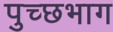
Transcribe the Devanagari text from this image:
पुच्छभाग